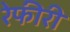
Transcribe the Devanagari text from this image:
रेफीरी